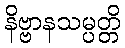
နိဗ္ဗာနသမ္ပတ္တိ